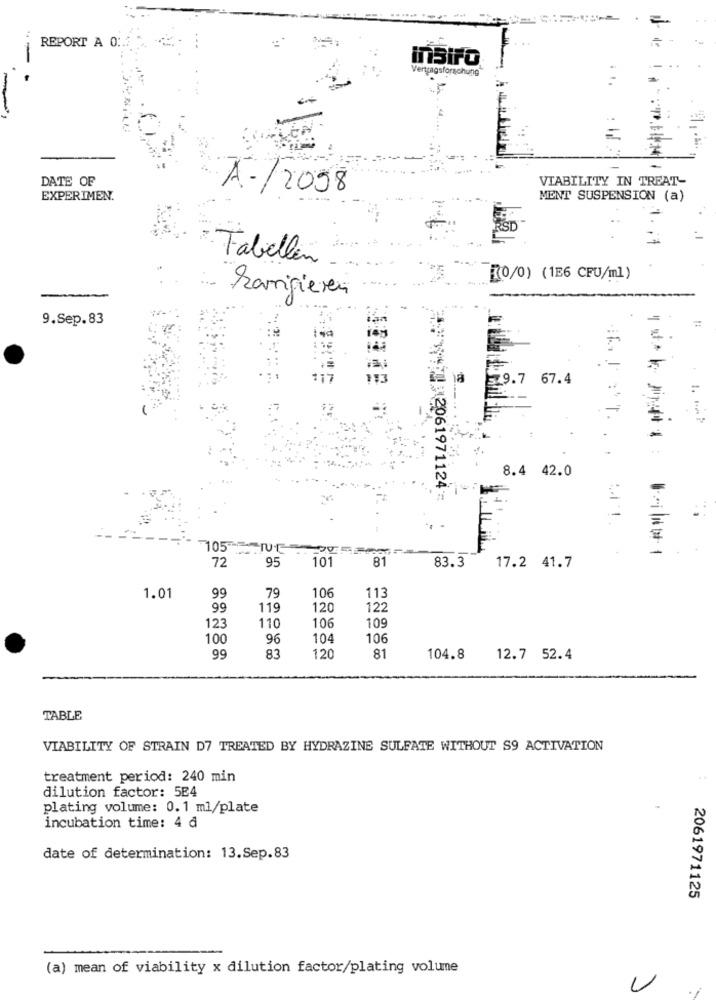
REPORT A 0 :. 7
.-
insiFO®
DATE OF
VIABILITY IN TREAT-
A./2018
EXPERIMEN.
MENT SUSPENSION (a)
Tabellin
[[0/0) (1E6 CFU/ml)
Zarrigieren
9.Sep.83
79.7 67.4
8.4 42.0
202061971124-
105"
72
95
81
101
83.3
17.2 41.7
99
79
106
1.01
113
99
119
120
122
123
106
109
110
100
96
104
106
99
83
120
81
104.8
12.7 52.4
TABLE
VIABILITY OF STRAIN D7 TREATED BY HYDRAZINE SULFATE WITHOUT S9 ACTIVATION
treatment period: 240 min
dilution factor: 5E4
plating volume: 0.1 ml/plate
incubation time: 4 ₫
date of determination: 13.Sep.83
2061971125
(a) mean of viability x dilution factor/plating volume